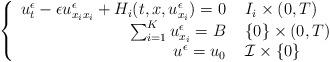
LaTeX: \begin{align*} \left\{ \begin{array}{r l}u^{\epsilon}_{t} - \epsilon u^{\epsilon}_{x_{i} x_{i}} + H_{i}(t,x,u^{\epsilon}_{x_{i}}) = 0 & \, \, I_{i} \times (0,T)\\\sum_{i = 1}^{K} u^{\epsilon}_{x_{i}} = B & \, \, \{0\} \times (0,T) \\u^{\epsilon} = u_{0} & \, \, \mathcal{I} \times \{0\}\end{array} \right.\end{align*}